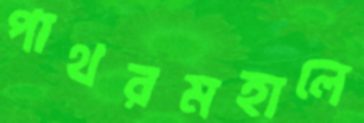
পাথরমহালে